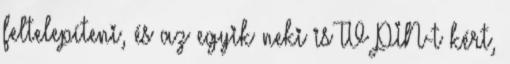
feltelepíteni, és az egyik neki is TV PIN-t kért,